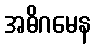
အဓိဂမေန